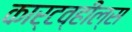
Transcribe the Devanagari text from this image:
कार्टव्हील्स